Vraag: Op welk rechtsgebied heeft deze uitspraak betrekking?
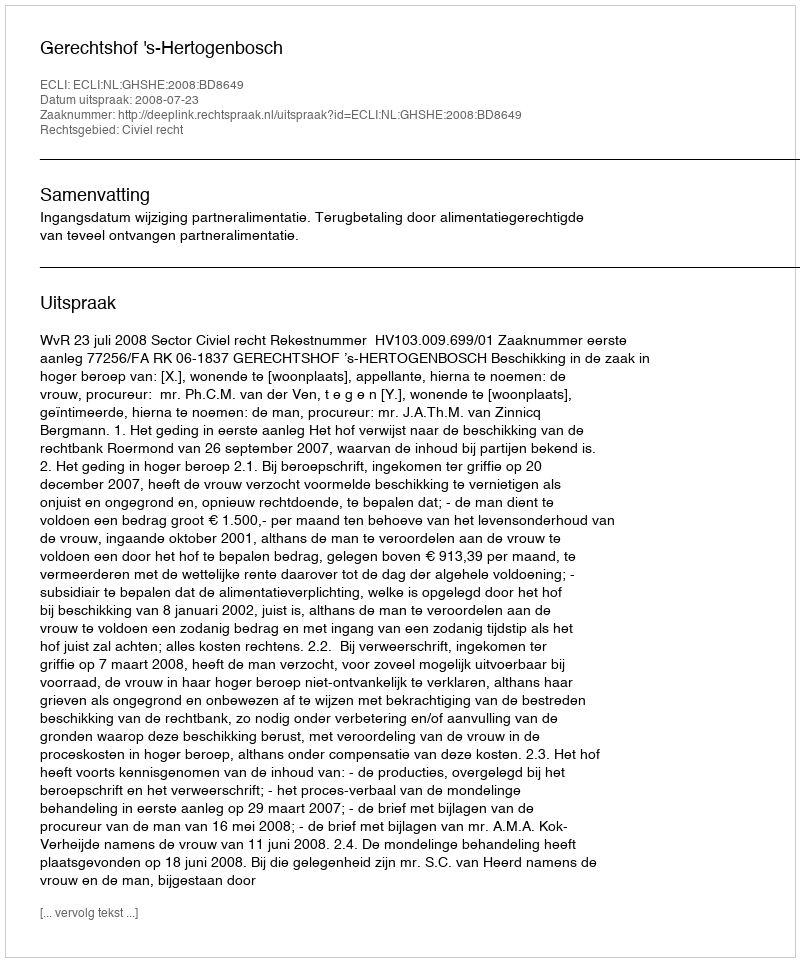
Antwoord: Civiel recht